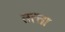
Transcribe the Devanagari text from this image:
तत्‍ता